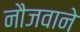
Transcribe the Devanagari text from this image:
नौजवाने